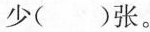
少( )张。